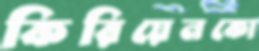
কিরিয়েনকো